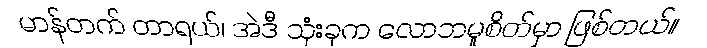
မာန်တက် တာရယ်၊ အဲဒီ သုံးခုက လောဘမူစိတ်မှာ ဖြစ်တယ်။